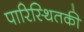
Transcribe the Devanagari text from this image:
पारिस्थितकी